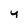
Character: y